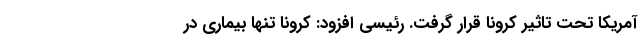
آمریکا تحت تاثیر کرونا قرار گرفت. رئیسی افزود: کرونا تنها بیماری در